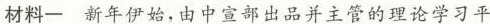
材料一新年伊始，由中宣部出品并主管的理论学习平